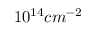
1 0 ^ { 1 4 } c m ^ { - 2 }